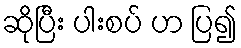
ဆိုပြီး ပါးစပ် ဟ ပြ၍